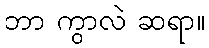
ဘာ ကွာလဲ ဆရာ။